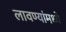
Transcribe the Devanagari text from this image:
लावण्यांमध्ये